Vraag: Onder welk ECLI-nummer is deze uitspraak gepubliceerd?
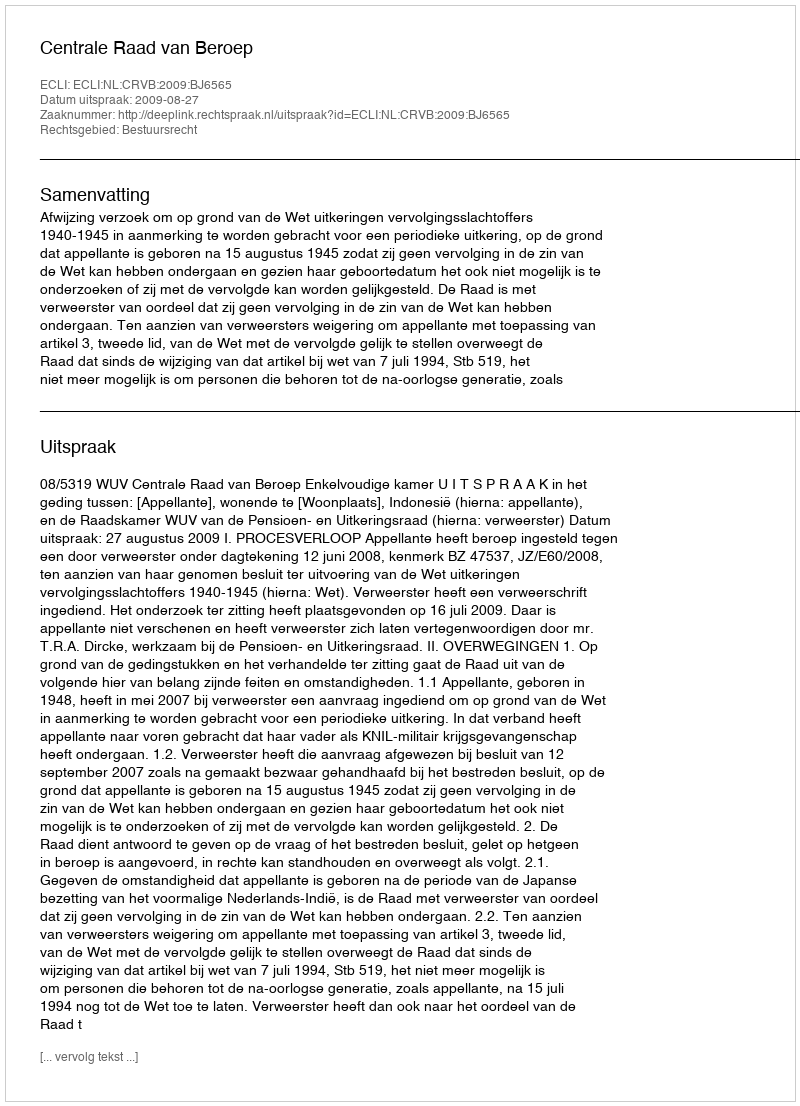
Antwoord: ECLI:NL:CRVB:2009:BJ6565